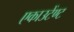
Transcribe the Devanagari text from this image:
एकाउटेंण्ट